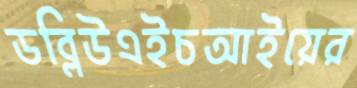
ডব্লিউএইচআইয়ের